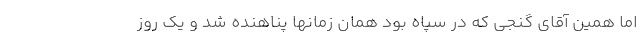
اما همین آقای گنجی که در سپاه بود همان زمانها پناهنده شد و یک روز